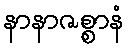
နာနာဇစ္စာနံ